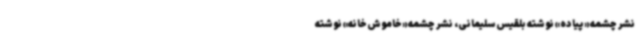
نشر چشمه «پیاده» نوشته بلقیس سلیمانی، نشر چشمه «خاموش‌خانه» نوشته